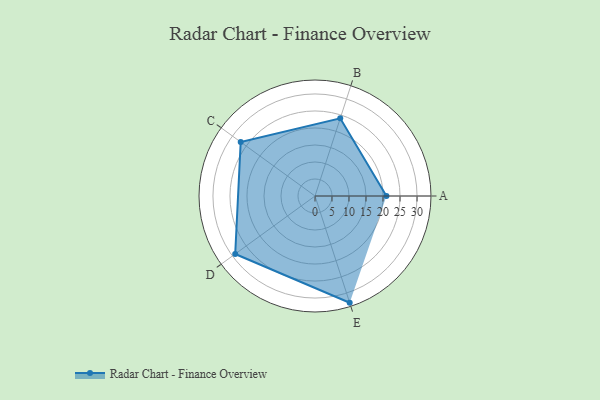
{"axis": {"x": "Skill", "y": "Score"}, "legend": ["Profile"], "data": [{"x": "A", "y": 21.0, "type": "Profile"}, {"x": "B", "y": 24.0, "type": "Profile"}, {"x": "C", "y": 27.0, "type": "Profile"}, {"x": "D", "y": 29.0, "type": "Profile"}, {"x": "E", "y": 33.0, "type": "Profile"}]}